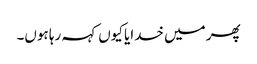
پھر میں خدایا کیوں کہہ رہا ہوں۔